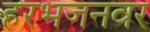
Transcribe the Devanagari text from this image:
हरभजनवर